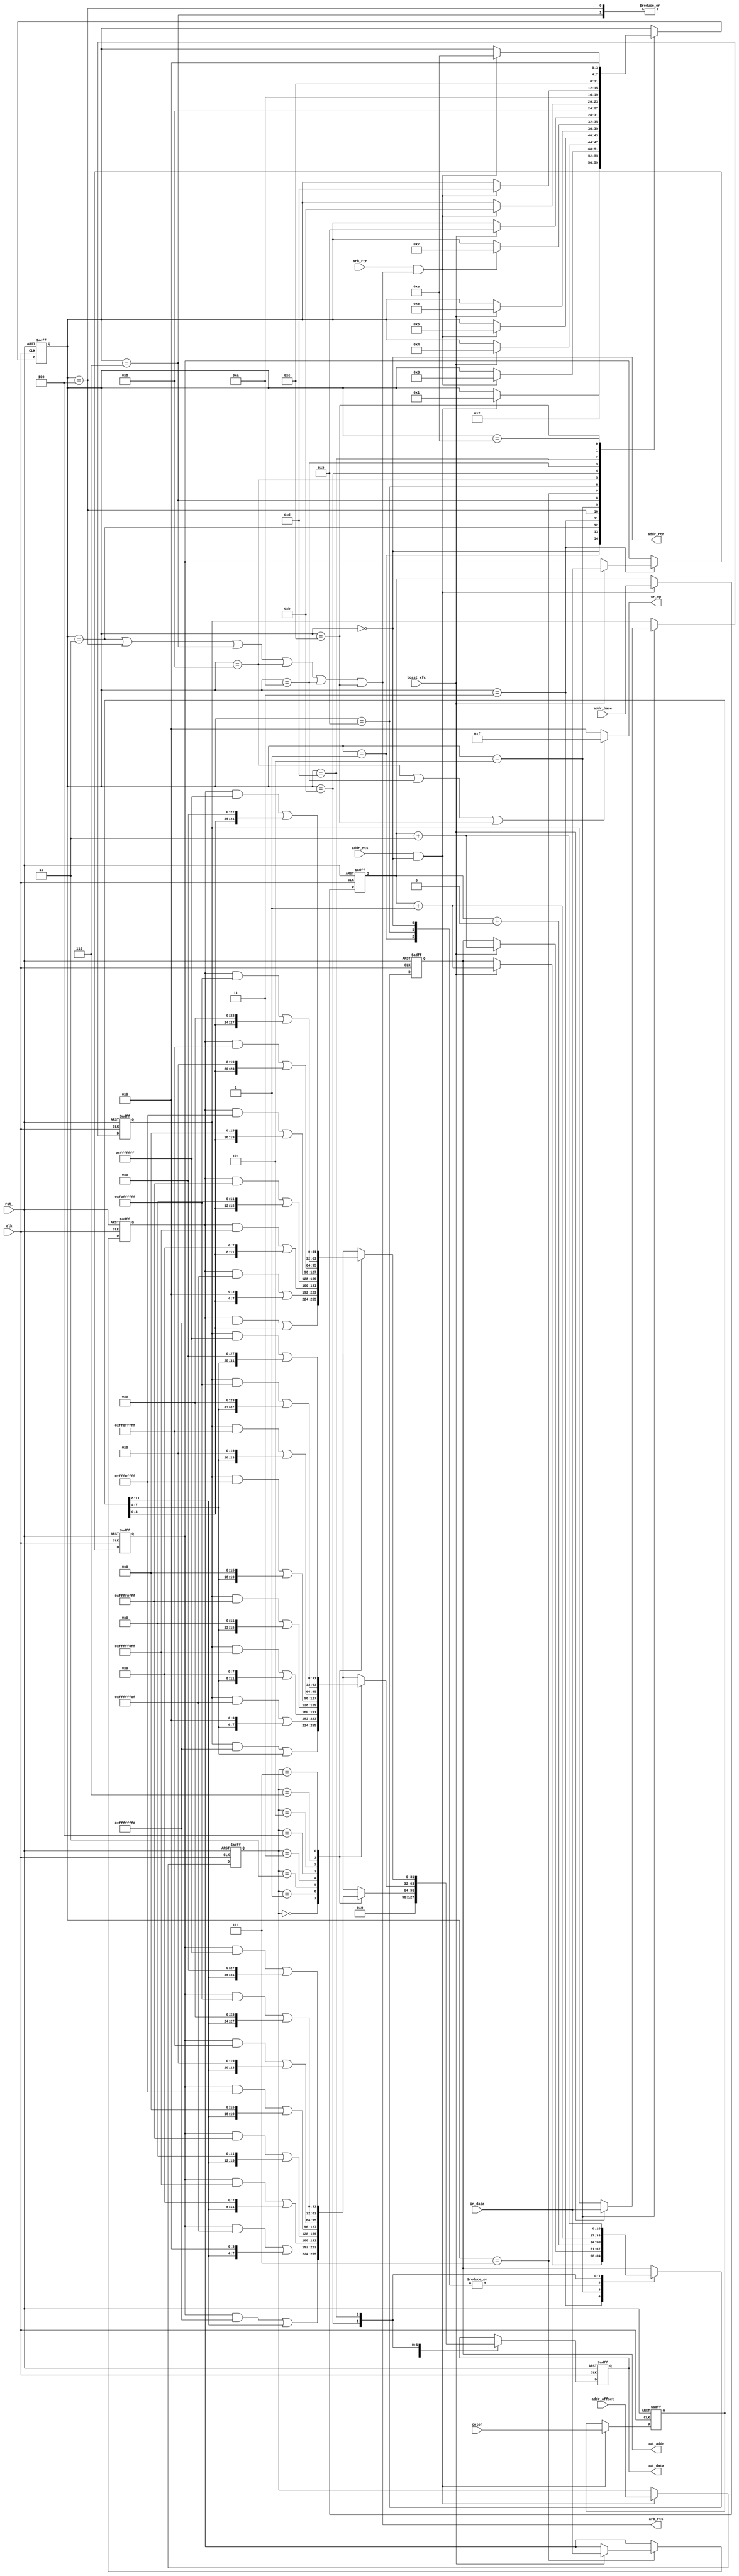
`timescale 1ns / 1ps

`define START_STATE  0
`define INIT_STATE   1
`define RD_ADDR_0    2
`define WAIT_RD_0    3
`define RD_ADDR_1    4
`define WAIT_RD_1    5
`define RD_ADDR_2    6
`define WAIT_RD_2    7
`define WR_ADDR_0    8
`define WAIT_WR_0    9
`define WR_ADDR_1   10
`define WAIT_WR_1   11
`define WR_ADDR_2   12
`define WAIT_WR_2   13
`define END_STATE   14

module read_modify_write_engine(
    input clk,
    input rst_,
    
    // address engine interface
    input [16:0] addr_base,
    input [ 2:0] addr_offset,
    input [11:0] color,
    input  addr_rts,
    output addr_rtr, 
    
    // arbitor interface
    input [31:0] in_data,
    output reg [31:0] out_data,
    output reg [16:0] out_addr,
    output arb_rts,
    input  arb_rtr,
    input  bcast_xfc,
    output [3:0] wr_op   
);

    // State Machine Registers
    reg [ 3:0] state;
    reg [31:0] data_0, data_1, data_2;

    // Transfer Complete with Addressing Engine
    wire addr_xfc;
    assign addr_xfc = addr_rts & addr_rtr;
    assign addr_rtr = (state == `START_STATE);
    
    // Input Interface with Arbiter
    wire arb_xfc;
    assign arb_xfc = arb_rtr & arb_rts;
    assign arb_rts = (state == `RD_ADDR_0) || (state == `RD_ADDR_1) || (state == `RD_ADDR_2)
                  || (state == `WR_ADDR_0) || (state == `WR_ADDR_1) || (state == `WR_ADDR_2);
    
    assign wr_op = (state == `WR_ADDR_0 || state == `WR_ADDR_1 || state == `WR_ADDR_2) ? (4'b1111) : (4'b0000);
    
    reg [16:0] hold_addr_base;
    reg [ 2:0] hold_addr_offset;
    reg [11:0] hold_color;
    always @ (posedge clk or negedge rst_)
    begin
        if (!rst_)
        begin
            hold_addr_base <= 0;
            hold_addr_offset <= 0;
            hold_color <= 0;
        end
        
        else
        begin
            if (addr_xfc)
            begin
                hold_addr_base <= addr_base;
                hold_addr_offset <= addr_offset;
                hold_color <= color;
            end 
        end
    end

    // state machine
    always @ (posedge clk or negedge rst_)
    begin
    
        if (!rst_)
        begin
            state    <= `START_STATE;
            data_0   <= 0;
            data_1   <= 0;
            data_2   <= 0;
        end
        
        else
        begin
            case (state)
            
                `START_STATE: 
                begin
                    if (addr_xfc)
                        state <= `INIT_STATE;
                end
                
                `INIT_STATE:
                begin
                    state <= `RD_ADDR_0;
                end
                
                `RD_ADDR_0: 
                begin
                    if (arb_xfc) 
                        state <= `WAIT_RD_0;   
                end
                
                `WAIT_RD_0: 
                begin
                    if (bcast_xfc)
                    begin
                        state <= `RD_ADDR_1;
                        data_0 <= in_data;    
                    end
                end 
                
                `RD_ADDR_1: 
                begin
                    if (arb_xfc) 
                        state <= `WAIT_RD_1;   
                end
                
                `WAIT_RD_1: 
                begin
                    if (bcast_xfc)
                    begin
                        state <= `RD_ADDR_2;
                        data_1 <= in_data;    
                    end
                end
                
                `RD_ADDR_2: 
                begin
                    if (arb_xfc) 
                        state <= `WAIT_RD_2;   
                end
                
                `WAIT_RD_2: 
                begin
                    if (bcast_xfc)
                    begin
                        state <= `WAIT_WR_0;
                        data_2 <= in_data;    
                    end
                end
                
                `WAIT_WR_0: 
                    state <= `WR_ADDR_0; 
                
                `WR_ADDR_0: 
                begin
                    if (arb_xfc)
                        state <= `WAIT_WR_1;
                end
                
                `WAIT_WR_1: 
                    state <= `WR_ADDR_1; 
                    
                `WR_ADDR_1: 
                begin   
                    if (arb_xfc)
                        state <= `WAIT_WR_2;  
                end
                
                `WAIT_WR_2: 
                    state <= `WR_ADDR_2;
                              
                `WR_ADDR_2: 
                begin
                    if (arb_xfc)
                        state <= `END_STATE;
                end
                
                `END_STATE: 
                    state <= `START_STATE;
            
            endcase
        end
        
    end
    
    
    // behavior of state machine
    always @ (posedge clk or negedge rst_)
    begin
        
        if (!rst_)
        begin            
            out_data <= 0;
            out_addr <= 0;
        end
        
        else
        begin
            case (state) 
            
                `START_STATE: 
                    out_addr <= hold_addr_base + 0;
                            
                `INIT_STATE:
                    out_addr <= hold_addr_base + 0;

                `WAIT_RD_0:
                begin
                    if (bcast_xfc)
                        out_addr <= hold_addr_base + 1;
                end
                
                `RD_ADDR_1:
                    out_data <= 0;
                
                `WAIT_RD_1:
                begin
                    if (bcast_xfc)
                        out_addr <= hold_addr_base + 2;
                end
                
                `RD_ADDR_2:
                    out_data <= 0;
                
                `WAIT_WR_0:
                begin
                    out_addr <= hold_addr_base + 0;
                    case (hold_addr_offset)
                        0: out_data <= (data_0 & 32'hffff_fff0) | {28'b0,hold_color[11:8]};                     
                        1: out_data <= (data_0 & 32'hffff_ff0f) | {24'b0,hold_color[11:8],4'b0};
                        2: out_data <= (data_0 & 32'hffff_f0ff) | {20'b0,hold_color[11:8],8'b0};
                        3: out_data <= (data_0 & 32'hffff_0fff) | {16'b0,hold_color[11:8],12'b0};
                        4: out_data <= (data_0 & 32'hfff0_ffff) | {12'b0,hold_color[11:8],16'b0};
                        5: out_data <= (data_0 & 32'hff0f_ffff) | {8'b0,hold_color[11:8],20'b0};
                        6: out_data <= (data_0 & 32'hf0ff_ffff) | {4'b0,hold_color[11:8],24'b0};
                        7: out_data <= (data_0 & 32'h0fff_ffff) | {hold_color[11:8],28'b0};
                    endcase
                end
                
                `WAIT_WR_1:
                begin
                    out_addr <= hold_addr_base + 1;
                    case (hold_addr_offset)
                        0: out_data <= (data_1 & 32'hffff_fff0) | {28'b0,hold_color[7:4]};  
                        1: out_data <= (data_1 & 32'hffff_ff0f) | {24'b0,hold_color[7:4],4'b0};
                        2: out_data <= (data_1 & 32'hffff_f0ff) | {20'b0,hold_color[7:4],8'b0};
                        3: out_data <= (data_1 & 32'hffff_0fff) | {16'b0,hold_color[7:4],12'b0};
                        4: out_data <= (data_1 & 32'hfff0_ffff) | {12'b0,hold_color[7:4],16'b0};
                        5: out_data <= (data_1 & 32'hff0f_ffff) | {8'b0,hold_color[7:4],20'b0};
                        6: out_data <= (data_1 & 32'hf0ff_ffff) | {4'b0,hold_color[7:4],24'b0};
                        7: out_data <= (data_1 & 32'h0fff_ffff) | {hold_color[7:4],28'b0};
                    endcase
                end
                           
                `WAIT_WR_2:
                begin
                    out_addr <= hold_addr_base + 2;
                    case (hold_addr_offset)
                        0: out_data <= (data_2 & 32'hffff_fff0) | {28'b0,hold_color[3:0]};  
                        1: out_data <= (data_2 & 32'hffff_ff0f) | {24'b0,hold_color[3:0],4'b0};
                        2: out_data <= (data_2 & 32'hffff_f0ff) | {20'b0,hold_color[3:0],8'b0};
                        3: out_data <= (data_2 & 32'hffff_0fff) | {16'b0,hold_color[3:0],12'b0};
                        4: out_data <= (data_2 & 32'hfff0_ffff) | {12'b0,hold_color[3:0],16'b0};
                        5: out_data <= (data_2 & 32'hff0f_ffff) | {8'b0,hold_color[3:0],20'b0};
                        6: out_data <= (data_2 & 32'hf0ff_ffff) | {4'b0,hold_color[3:0],24'b0};
                        7: out_data <= (data_2 & 32'h0fff_ffff) | {hold_color[3:0],28'b0};
                    endcase
                end
                
            endcase
        end
        
    end

endmodule